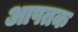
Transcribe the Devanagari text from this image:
आपतक